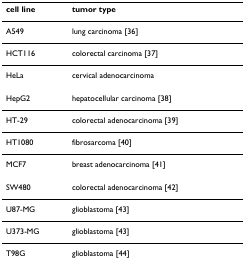
| cell line | tumor type |
 | --- | --- |
 | A549 | lung carcinoma [36] |
 | HCT116 | colorectal carcinoma [37] |
 | HeLa | cervical adenocarcinoma |
 | HepG2 | hepatocellular carcinoma [38] |
 | HT-29 | colorectal adenocarcinoma [39] |
 | HT1080 | fibrosarcoma [40] |
 | MCF7 | breast adenocarcinoma [41] |
 | SW480 | colorectal adenocarcinoma [42] |
 | U87-MG | glioblastoma [43] |
 | U373-MG | glioblastoma [43] |
 | T98G | glioblastoma [44] |